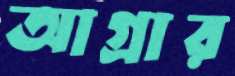
আগ্রার